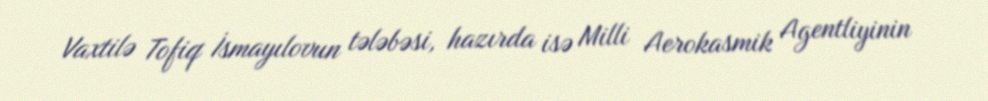
Vaxtilə Tofiq İsmayılovun tələbəsi, hazırda isə Milli Aerokasmik Agentliyinin